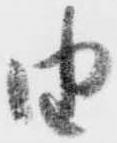
由